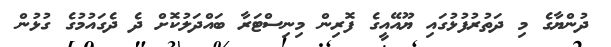
ދުންޔާގެ މި ދަތުރުފުޅުގައި ޔޫއޭއީގެ ފޮރިން މިނިސްޓަރާ ބައްދަލުކޮށް ދެ ދެގައުމުގެ ގުޅުން